Insane asylums in Bengal annual reports 1867-1875 - 1867-1875
Year: 1867
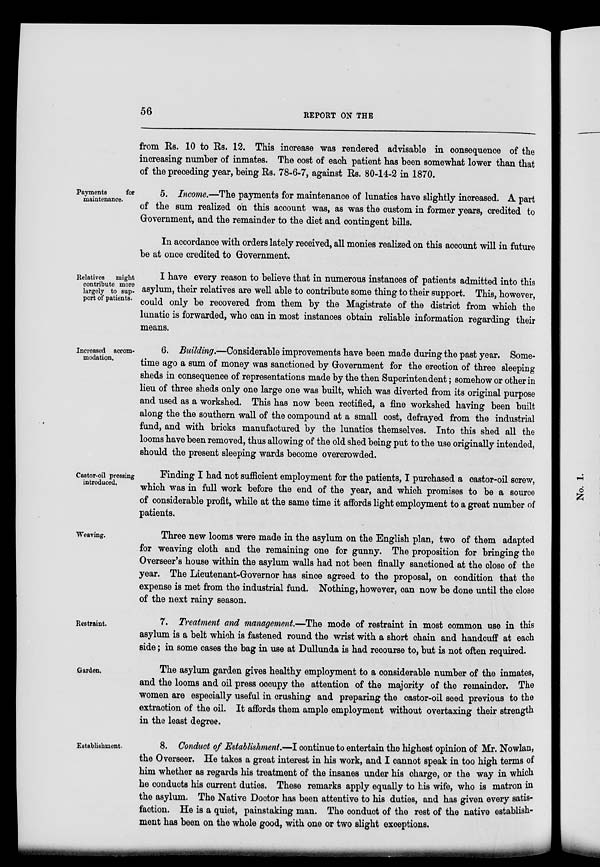
56
REPORT ON THE
from Rs. 10 to Rs. 12. This increase was rendered advisable in consequence of the
increasing number of inmates. The cost of each patient has been somewhat lower than that
of the preceding year, being Rs. 78-6-7, against Rs. 80-14-2 in 1870.
Payments
for
maintenance.
5. Income.—The payments for maintenance of lunatics have slightly increased. A part
of the sum realized on this account was, as was the custom in former years, credited to
Government, and the remainder to the diet and contingent bills.
In accordance with orders lately received, all monies realized on this account will in future
be at once credited to Government.
Relatives might
contribute more
largely to sup-
port of patients.
I have every reason to believe that in numerous instances of patients admitted into this
asylum, their relatives are well able to contribute some thing to their support. This, however,
could only be recovered from them by the Magistrate of the district from which the
lunatic is forwarded, who can in most instances obtain reliable information regarding their
means.
Increased accom-
modation.
6. Building.—Considerable improvements have been made during the past year. Some-
time ago a sum of money was sanctioned by Government for the erection of three sleeping
sheds in consequence of representations made by the then Superintendent; somehow or other in
lieu of three sheds only one large one was built, which was diverted from its original purpose
and used as a workshed. This has now been rectified, a fine workshed having been built
along the the southern wall of the compound at a small cost, defrayed from the industrial
fund, and with bricks manufactured by the lunatics themselves. Into this shed all the
looms have been removed, thus allowing of the old shed being put to the use originally intended,
should the present sleeping wards become overcrowded.
Castor-oil pressing
introduced.
Finding I had not sufficient employment for the patients, I purchased a castor-oil screw,
which was in full work before the end of the year, and which promises to be a source
of considerable profit, while at the same time it affords light employment to a great number of
patients.
Weaving.
Three new looms were made in the asylum on the English plan, two of them adapted
for weaving cloth and the remaining one for gunny. The proposition for bringing the
Overseer's house within the asylum walls had not been finally sanctioned at the close of the
year. The Lieutenant-Governor has since agreed to the proposal, on condition that the
expense is met from the industrial fund. Nothing, however, can now be done until the close
of the next rainy season.
Restraint.
7. Treatment and management—The mode of restraint in most common use in this
asylum is a belt which is fastened round the wrist with a short chain and handcuff at each
side; in some cases the bag in use at Dullunda is had recourse to, but is not often required.
Garden.
The asylum garden gives healthy employment to a considerable number of the inmates,
and the looms and oil press occupy the attention of the majority of the remainder. The
women are especially useful in crushing and preparing the castor-oil seed previous to the
extraction of the oil. It affords them ample employment without overtaxing their strength
in the least degree.
Establishment.
8. Conduct of Establishment.—I continue to entertain the highest opinion of Mr. Nowlan,
the Overseer. He takes a great interest in his work, and I cannot speak in too high terms of
him whether as regards his treatment of the insanes under his charge, or the way in which
he conducts his current duties. These remarks apply equally to his wife, who is matron in
the asylum. The Native Doctor has been attentive to his duties, and has given every satis-
faction. He is a quiet, painstaking man. The conduct of the rest of the native establish-
ment has been on the whole good, with one or two slight exceptions.